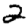
Digit: 2